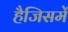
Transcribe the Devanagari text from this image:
हैजिसमें